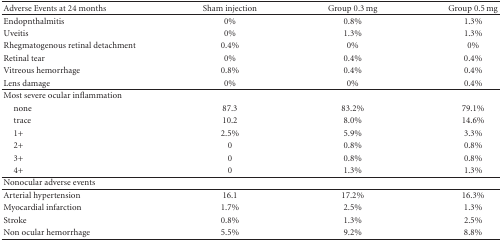
<table><thead><tr><td><b>Adverse Events at 24 months</b></td><td><b>Sham injection</b></td><td><b>Group 0.3 mg</b></td><td><b>Group 0.5 mg</b></td></tr></thead><tbody><tr><td> Endopnthalmitis</td><td>0%</td><td>0.8%</td><td>1.3%</td></tr><tr><td> Uveitis</td><td>0%</td><td>1.3%</td><td>1.3%</td></tr><tr><td> Rhegmatogenous retinal detachment</td><td>0.4%</td><td>0%</td><td>0%</td></tr><tr><td> Retinal tear</td><td>0%</td><td>0.4%</td><td>0.4%</td></tr><tr><td> Vitreous hemorrhage</td><td>0.8%</td><td>0.4%</td><td>0.4%</td></tr><tr><td> Lens damage</td><td>0%</td><td>0%</td><td>0.4%</td></tr><tr><td>Most severe ocular inflammation</td><td></td><td></td><td></td></tr><tr><td> none</td><td>87.3</td><td>83.2%</td><td>79.1%</td></tr><tr><td> trace</td><td>10.2</td><td>8.0%</td><td>14.6%</td></tr><tr><td> 1+</td><td>2.5%</td><td>5.9%</td><td>3.3%</td></tr><tr><td> 2+</td><td>0</td><td>0.8%</td><td>0.8%</td></tr><tr><td> 3+</td><td>0</td><td>0.8%</td><td>0.8%</td></tr><tr><td> 4+</td><td>0</td><td>1.3%</td><td>1.3%</td></tr><tr><td>Nonocular adverse events</td><td></td><td></td><td></td></tr><tr><td>Arterial hypertension</td><td>16.1</td><td>17.2%</td><td>16.3%</td></tr><tr><td>Myocardial infarction</td><td>1.7%</td><td>2.5%</td><td>1.3%</td></tr><tr><td>Stroke</td><td>0.8%</td><td>1.3%</td><td>2.5%</td></tr><tr><td>Non ocular hemorrhage</td><td>5.5%</td><td>9.2%</td><td>8.8%</td></tr></tbody></table>